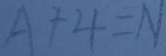
A + 4 = N